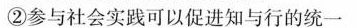
②参与社会实践可以促进知与行的统一